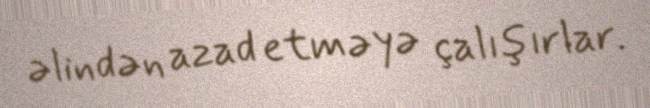
əlindən azad etməyə çalışırlar.